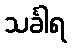
သင်္ခါရ